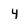
Character: 4